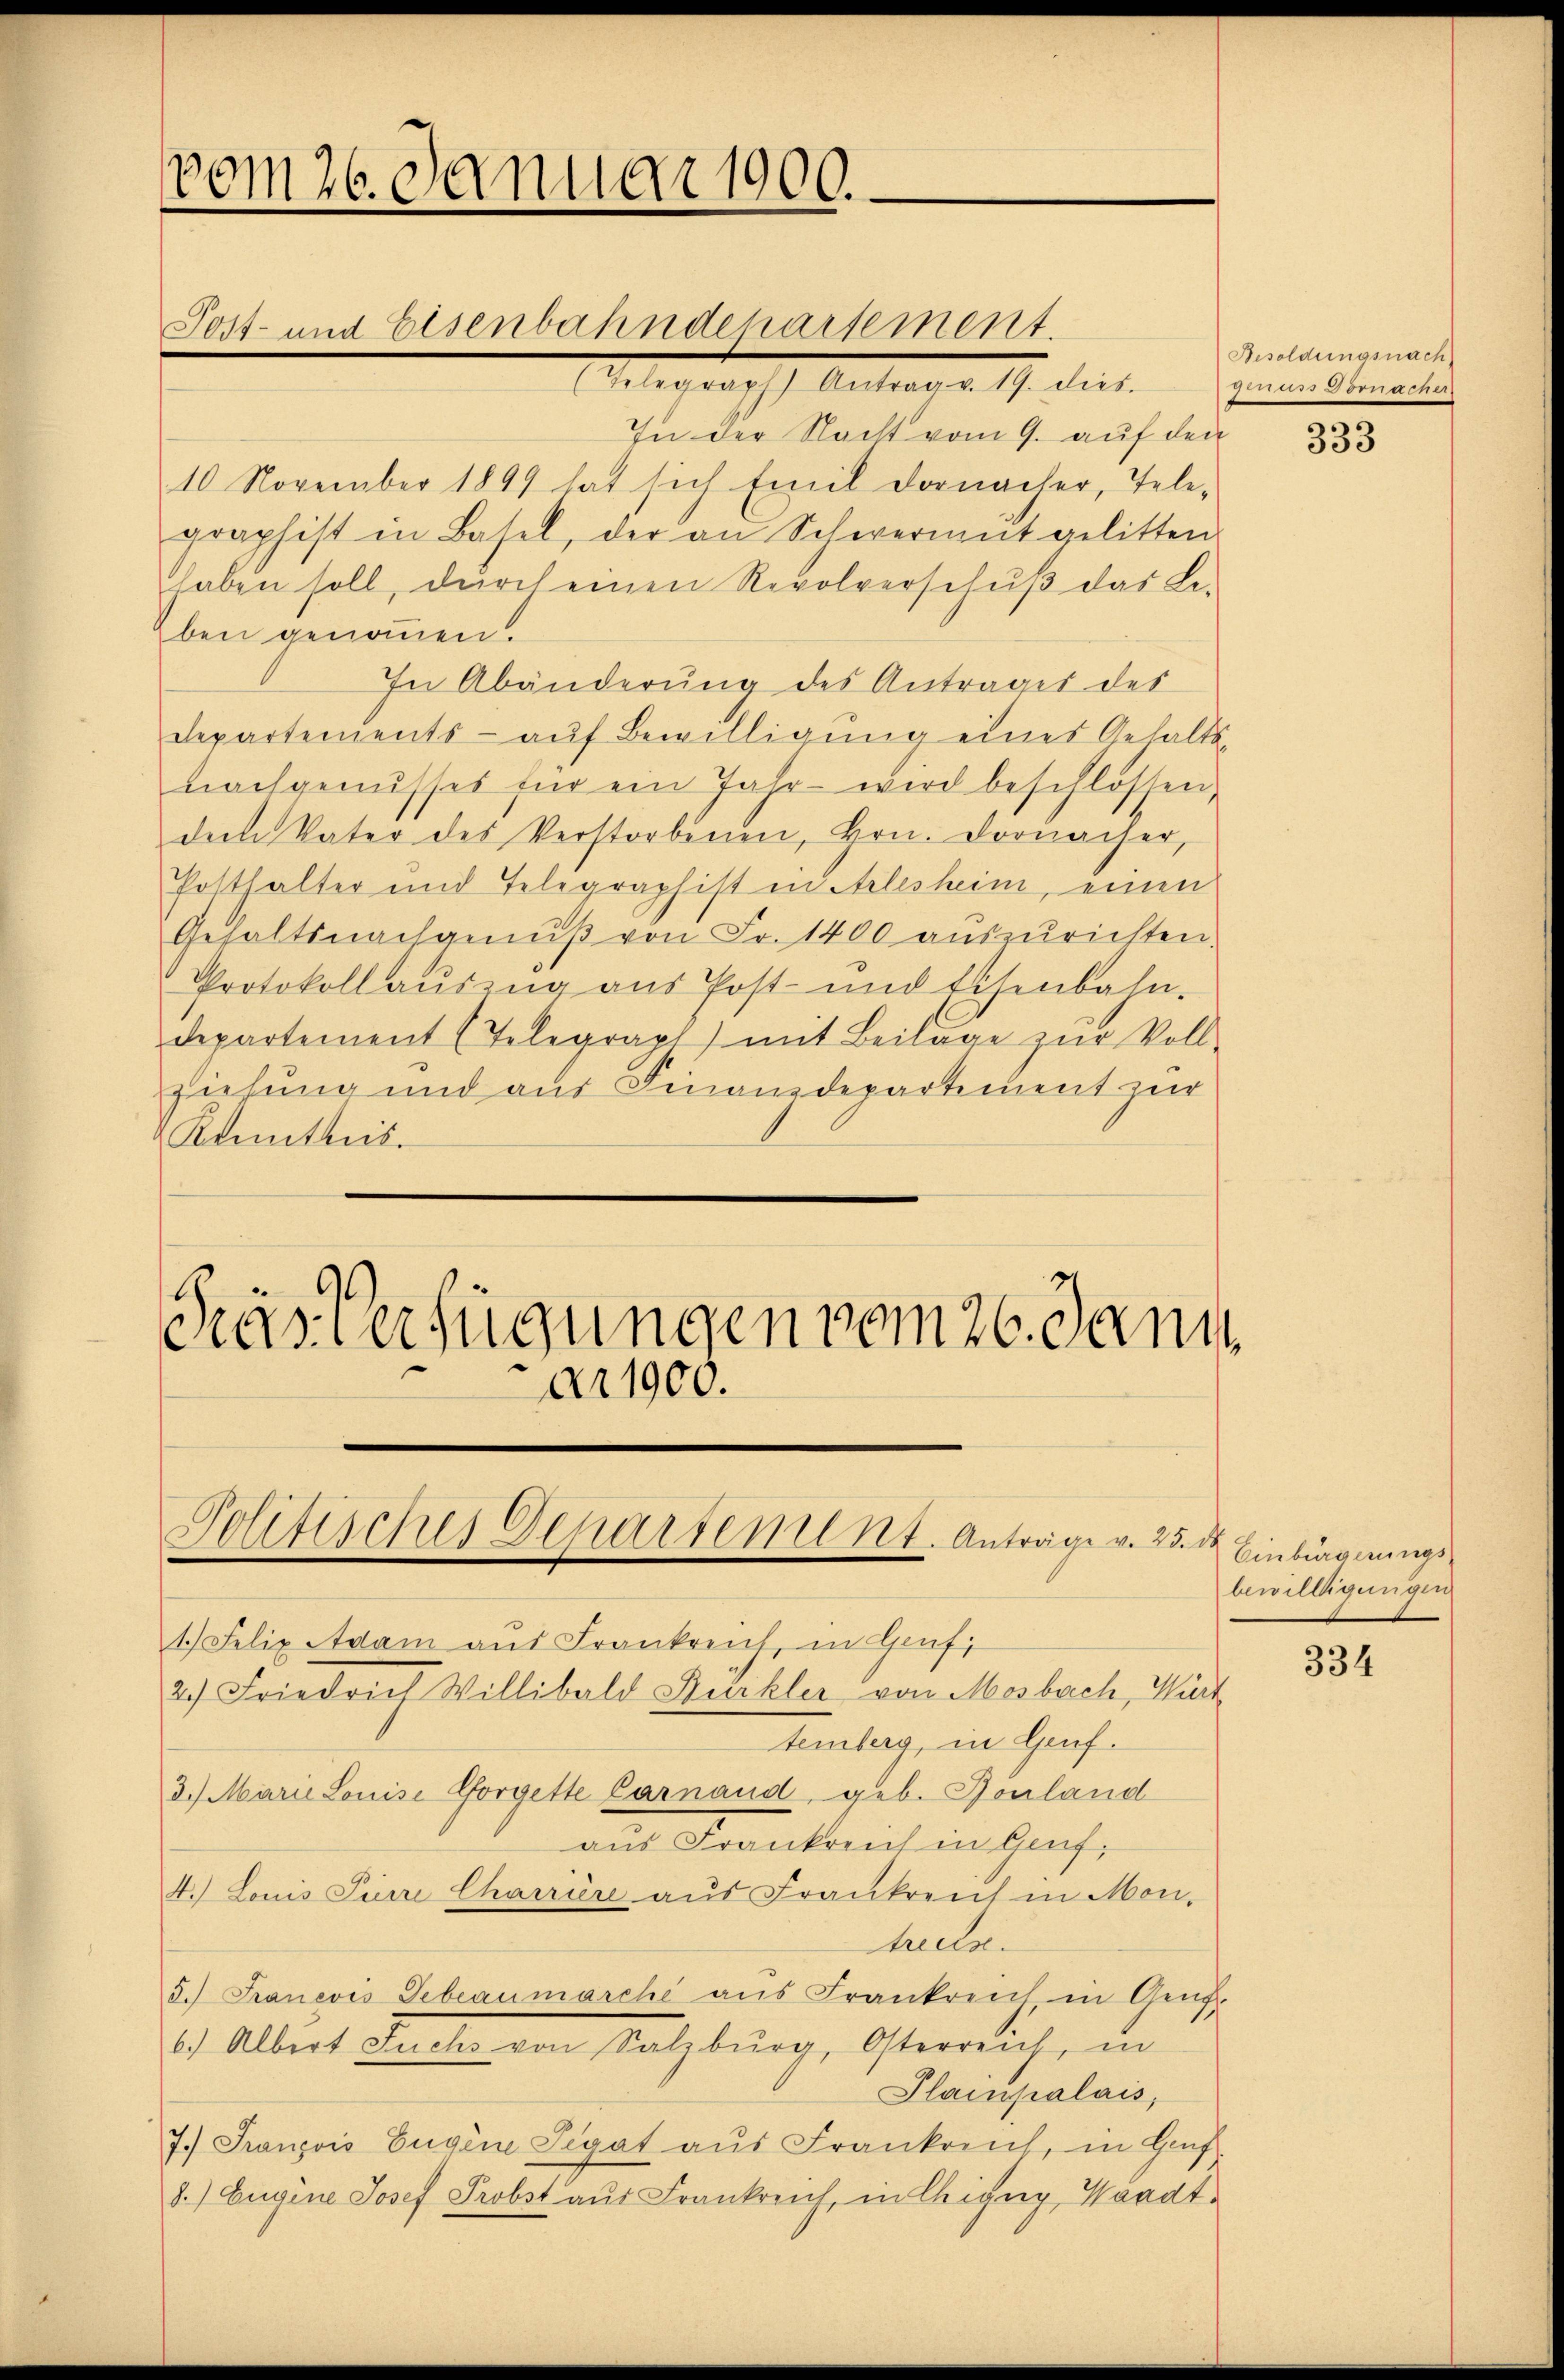
vom 26. Januar 1900.
Post- und Eisenbahndepartement.

(Telegraph Antrag v. 19. dies
In der Nacht vom 9. auf den
10 November 1899 hat sich Emil Dornacher, Tele-
graphist in Basel, der an Schwermŭt gelitten.
haben soll, durch einen Revolverschuß das Le-
Eben genommen.
In Abänderung des Antrages des
Departements aŭf Bewilligŭng eines Gehalts-
nachgenusses für ein Jahr wird beschlossen,
dem Vater des Verstorbenen, Hrn. Dornacher,
Potthalter und Telegraphist in Arlesheim, einen
Gehaltsnachgenŭβ von Fr. 1400 auszurichten.
Protokoll auszug aus Post- und Eisenbahn.
departement (Telegrapt) mit Beilage zŭr Voll-
ziehung und aŭs Finanzdepartement zur
Kenntnis.

2.) Friedrich Willibald Bürkler von Mosbach, Wirt

Pras Verfügungen vom 20. Dann
ar 1900.

Politisches Departement. Anträge v. 25. de
1.) Felix Adam aŭs Frankreich, in Genf,

temberg, in Genf.
3.) Marie Louise Pforgelte Carnaud, geb. Bonland
aus Frankreich in Genf,
4. Louis Pieri Charriere aus Frankreich in Mon-
treues.
3.) Franevis debeaŭmarche aus Frankreich, in Genf.
6.) Albert Feucher von Salzburg, Osterreich, in
Plainpalais,
7.) François Eugene Legat aus Frankreich, in Hauf
8.) Eugene Josef Probst aus Frankreich, in Chigg, Waadt.

Besoldungsnach
des Pornarner

333

Einbürgerungs
bewilligungen

334